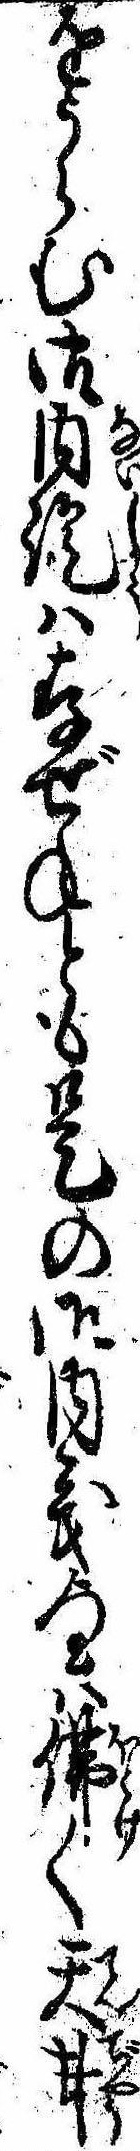
をうらむ御内証は存ぜねとも是の御内義は仏〱天井